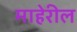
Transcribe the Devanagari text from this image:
माहेरील